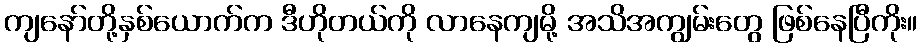
ကျနော်တို့နှစ်ယောက်က ဒီဟိုတယ်ကို လာနေကျမို့ အသိအကျွမ်းတွေ ဖြစ်နေပြီကိုး။